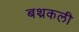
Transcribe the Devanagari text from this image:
बथ्रकली